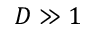
D \gg 1